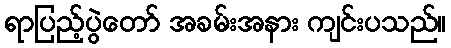
ရာပြည့်ပွဲတော် အခမ်းအနား ကျင်းပသည်။